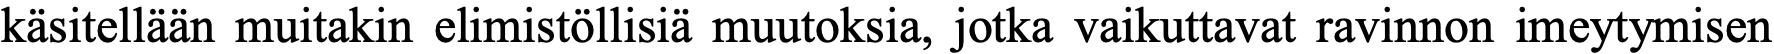
käsitellään muitakin elimistöllisiä muutoksia, jotka vaikuttavat ravinnon imeytymisen